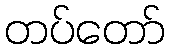
တပ်တော်